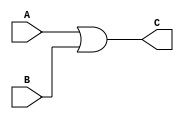
/******************************************************************
* Description
*		This is an OR gate:
* Version:
*	1.0
* Author:
*	Dr. Psiquiatra y Rey Mstico
* email:
*	
* Date:
*	01/03/2014
******************************************************************/
module ORGate
(
	input A,
	input B,
	output reg C
);

always@(*)
	C = A | B;

endmodule
//andgate